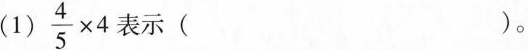
(1) $$\frac { 4 } { 5 } \times 4$$ 表示( )。